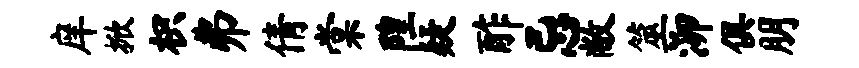
庠掀枳弗倩棠隍疑酢忌敝筮泖俱朋